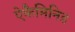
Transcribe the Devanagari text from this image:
ऐकैमिनिड